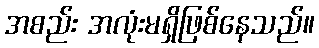
အစည်း အလုံးမရှိဖြစ်နေသည်။